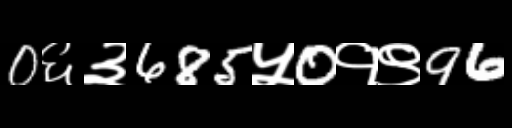
Text: 0६३685५0१९96